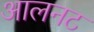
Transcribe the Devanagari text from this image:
आलनट